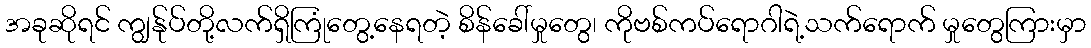
အခုဆိုရင် ကျွန်ုပ်တို့လက်ရှိကြုံတွေ့နေရတဲ့ စိန်ခေါ်မှုတွေ၊ ကိုဗစ်ကပ်ရောဂါရဲ့သက်ရောက် မှုတွေကြားမှာ